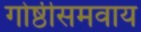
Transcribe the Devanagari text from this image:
गोष्ठीसमवाय